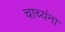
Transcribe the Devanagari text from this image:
चाच्यंना